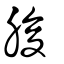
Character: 朘